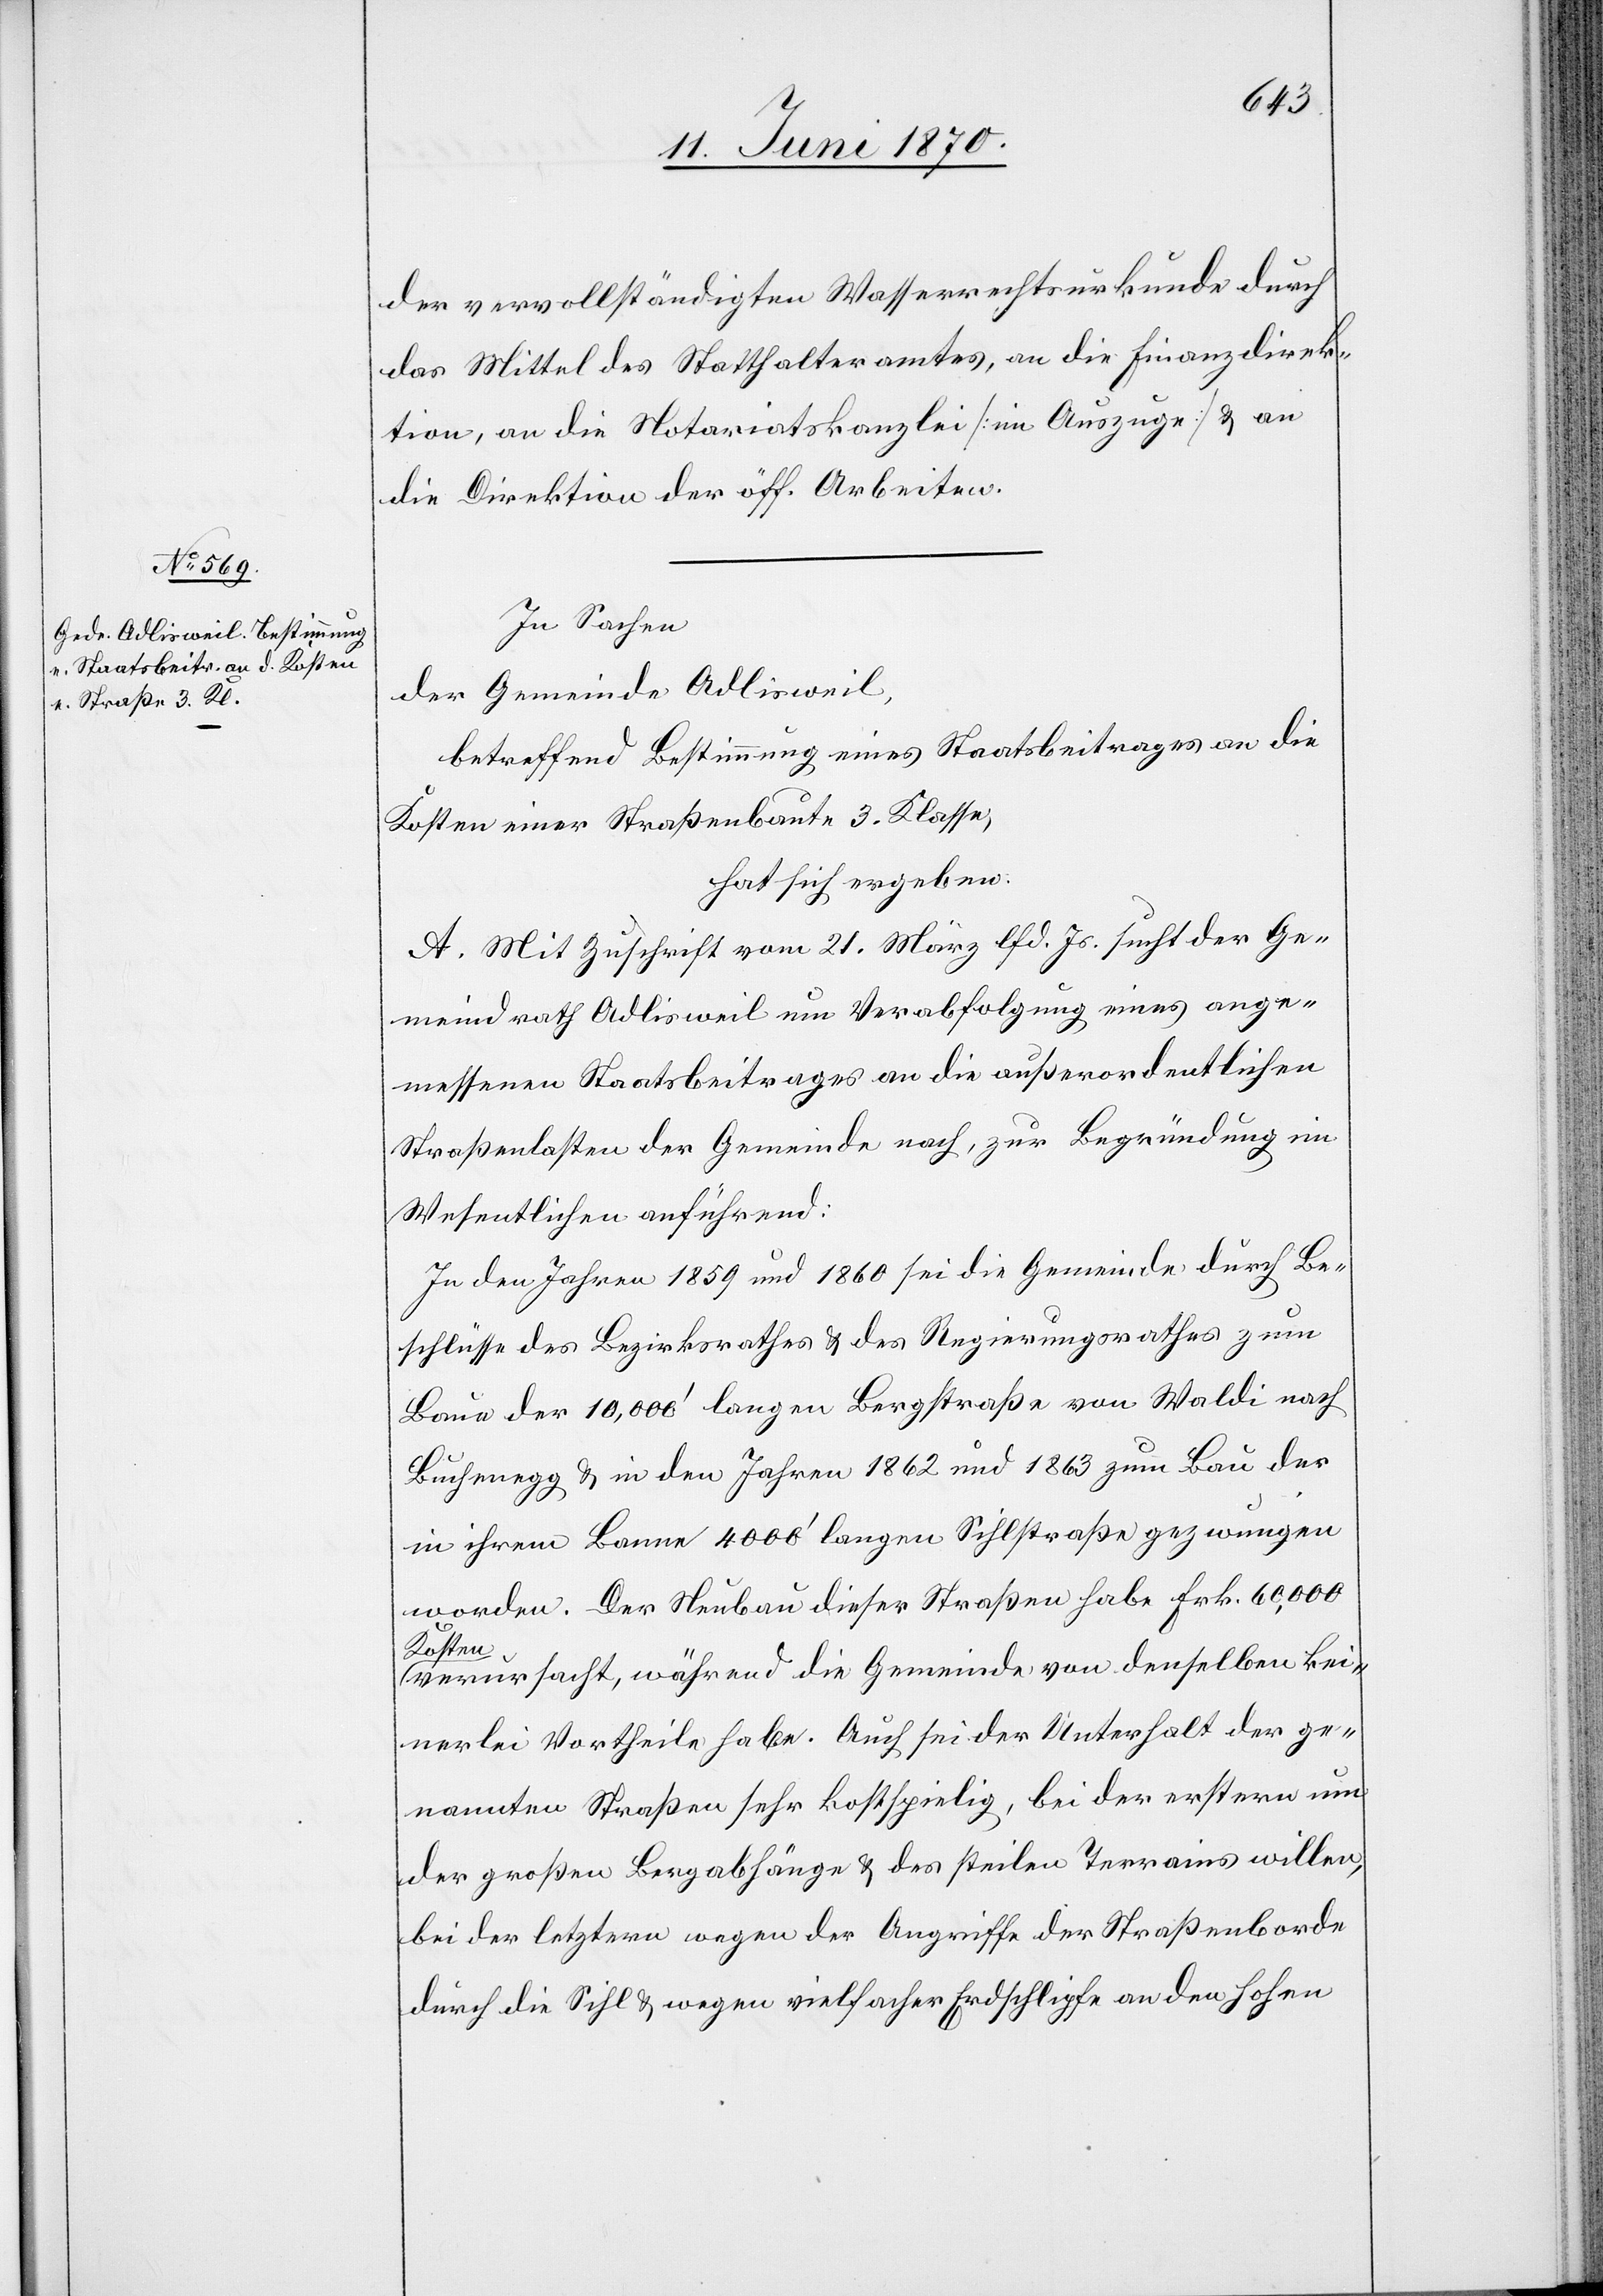
der vervollständigten Wasserrechtsurkunde durch
das Mittel des Statthalteramtes, an die Finanzdirek¬
tion, an die Notariatskanzlei [im Auszuge] & an
die Direktion der öff. Arbeiten.
In Sachen
der Gemeinde Adlisweil,
betreffend Bestimmung eines Staatsbeitrages an die
Kosten einer Straßenbaute 3. Klasse,
hat sich ergeben:
A. Mit Zuschrift vom 21. März lfd. Js. sucht der Ge¬
meindrath Adlisweil um Verabfolgung eines ange¬
messenen Staatsbeitrages an die außerordentlichen
Straßenlasten der Gemeinde nach, zur Begründung im
Wesentlichen anführend:
In den Jahren 1859 und 1860 sei die Gemeinde durch Be¬
schlüsse des Bezirksrathes & des Regierungsrathes zum
Baue der 10,000‘ langen Bergstraße von Waldi nach
Buchenegg & in den Jahren 1862 und 1863 zum Bau der
in ihrem Banne 4000‘ langen Sihlstraße gezwungen
worden. Der Neubau dieser Straßen habe Frk. 60,000
Kosten
verursacht, während die Gemeinde von denselben kei¬
nerlei Vortheile habe. Auch sei der Unterhalt der ge¬
nannten Straßen sehr kostspielig, bei der erstern um
der großen Bergabhänge & des steilen Terrains willen,
bei der letztern wegen der Angriffe der Straßenborde
durch die Sihl & wegen vielfacher Erdschlipfe an den hohen